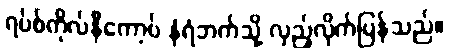
ရပ်စ်ကိုလ်နီကော့ဗ် နံရံဘက်သို့ လှည့်လိုက်ပြန်သည်။